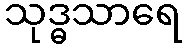
သုဒ္ဓသာရေ